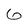
Character: 6